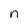
Character: n